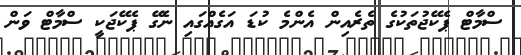
ސްމާޓް ޕެކޭޖުތަކުގެ ތެރެއިން އެންމެ ކުޑަ އަގެއްގައި ނެގޭ ޕެކޭޖަކީ ސްމާޓް ވަން